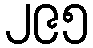
၂၉၅